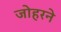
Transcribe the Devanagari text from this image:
जोहरने